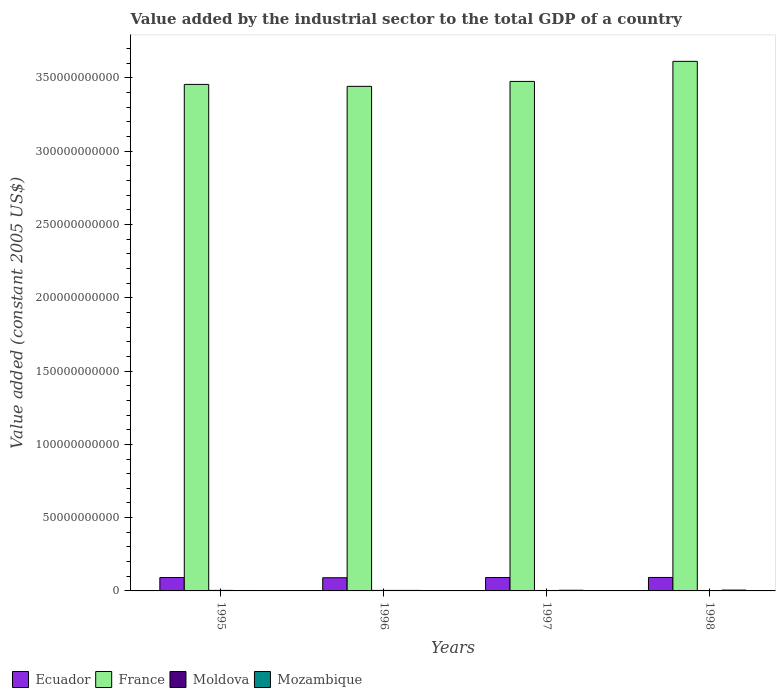
| Years | Ecuador | France | Moldova | Mozambique |
 | --- | --- | --- | --- | --- |
 | 1995 | 9.13e+09 | 3.46e+11 | 3.52e+08 | 2.97e+08 |
 | 1996 | 8.99e+09 | 3.44e+11 | 3.45e+08 | 3.48e+08 |
 | 1997 | 9.14e+09 | 3.48e+11 | 3.05e+08 | 4.52e+08 |
 | 1998 | 9.19e+09 | 3.61e+11 | 2.59e+08 | 5.69e+08 |